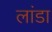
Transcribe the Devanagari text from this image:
लांडा